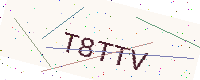
Text: T8TTV